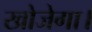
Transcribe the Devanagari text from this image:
खोजेगा।